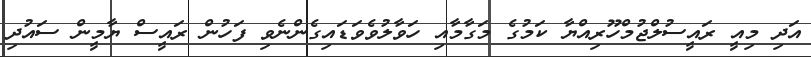
އަދި މިއީ ރައީސުލްޖުމްހޫރިއްޔާ ކަމުގެ މަގާމާއި ހަވާލުވެވަޑައިގެންނެވި ފަހުން ރައީސް ޔާމީން ސައުދި